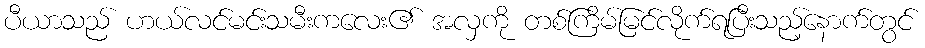
ပီယာသည် ဟယ်လင်မင်းသမီးကလေး၏ အလှကို တစ်ကြိမ်မြင်လိုက်ရပြီးသည့်နောက်တွင်